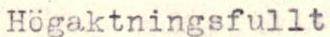
Högaktningsfullt